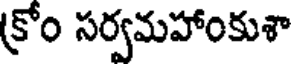
క్రోం సర్వమహాంకుశా